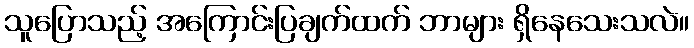
သူပြောသည့် အကြောင်းပြချက်ထက် ဘာများ ရှိနေသေးသလဲ။